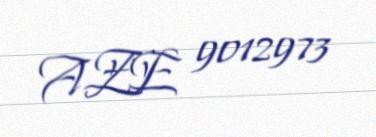
AZE 9012973